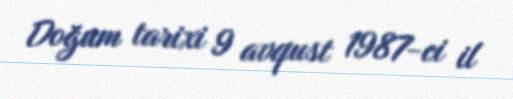
Doğum tarixi 9 avqust 1987-ci il